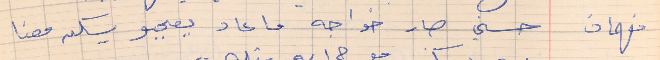
فهمان      حسني صار خواجه ما عاد يعجبو يسكن معنا